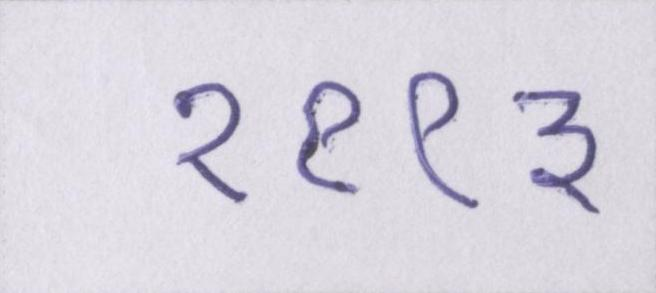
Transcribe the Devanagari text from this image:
१९९३